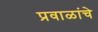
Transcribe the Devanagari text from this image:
प्रवाळांचे